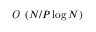
\textit { O } \left( N / P \log { N } \right)